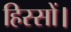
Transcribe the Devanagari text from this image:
हिस्सों।